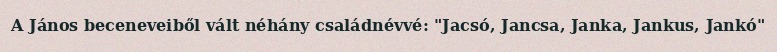
A János beceneveiből vált néhány családnévvé: "Jacsó, Jancsa, Janka, Jankus, Jankó"